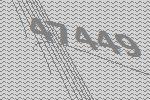
47449